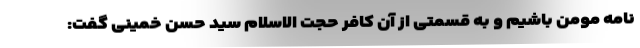
نامه مومن باشیم و به قسمتی از آن کافر حجت الاسلام سید حسن خمینی گفت: